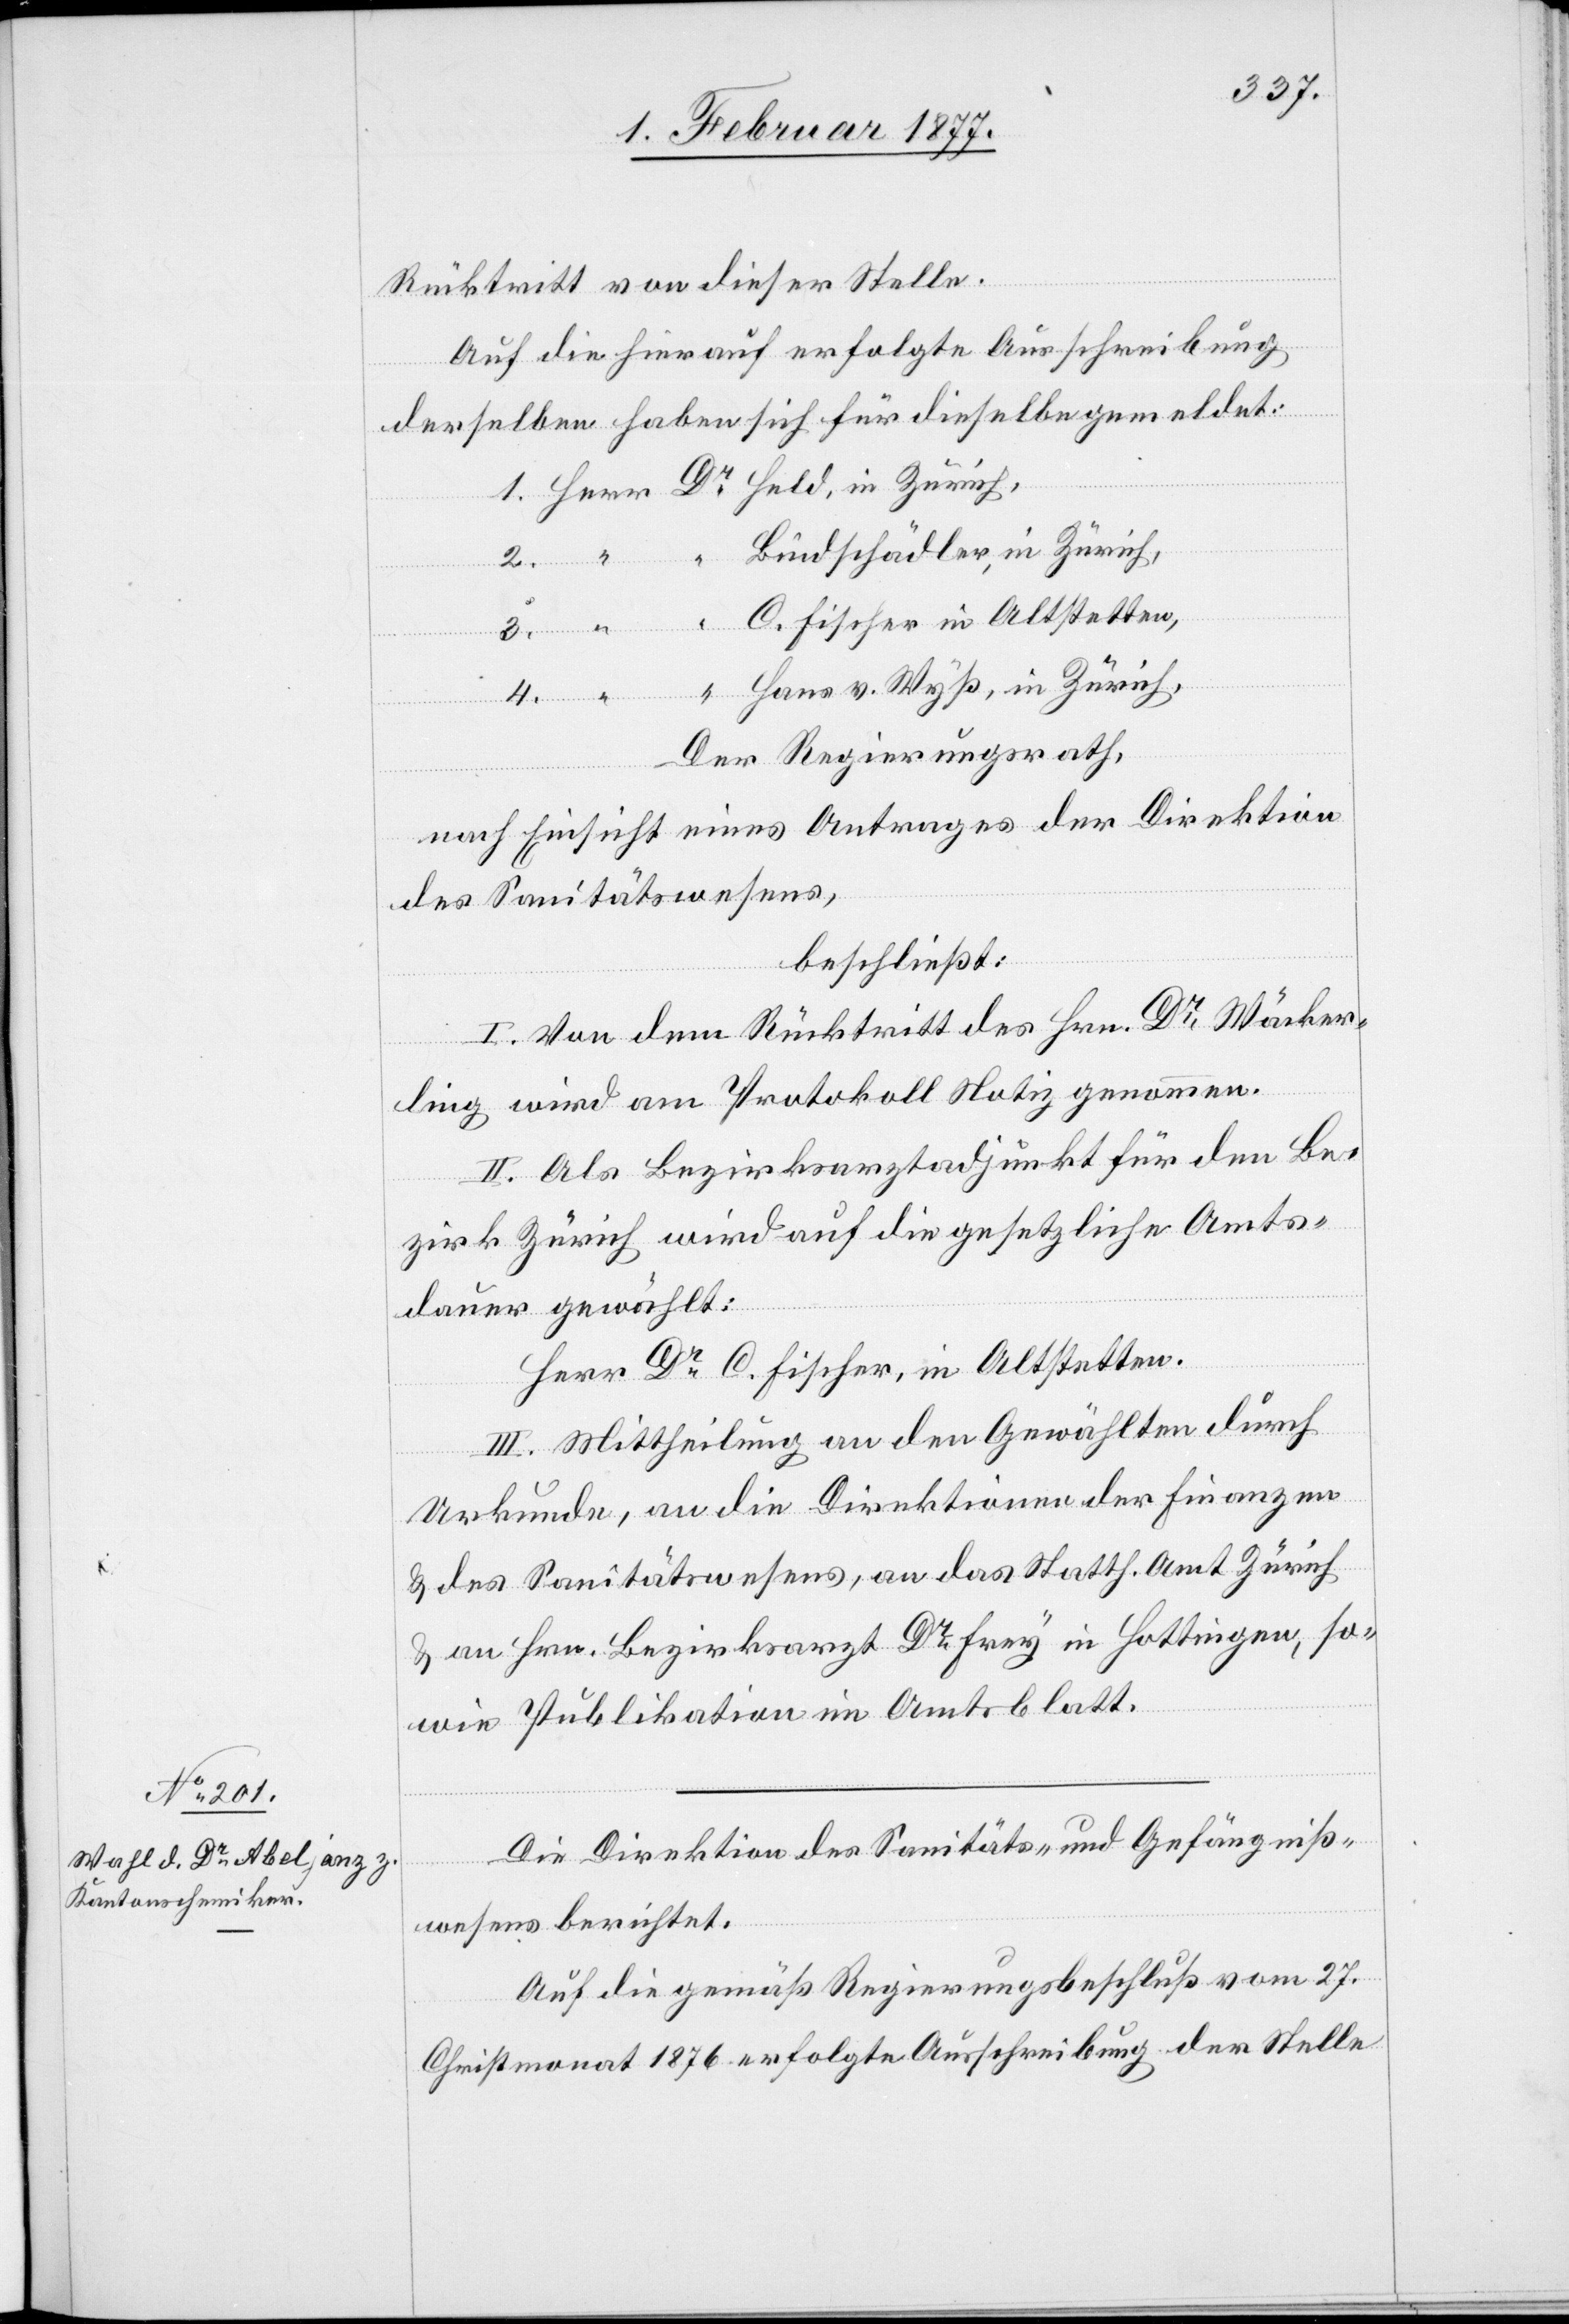
Rücktritt von dieser Stelle.
Auf die hierauf erfolgte Ausschreibung
derselben haben sich für dieselbe gemeldet:
Bindschädler, in Zürich,
Wyß, in
4.
C. Fischer in Altstetten,
Zürich.
Der Regierungsrath,
nach Einsicht eines Antrages der Direktion
des Sanitätswesens,
beschließt:
I. Von dem Rücktritt des Hrn. Dr Wäcker¬
ling wird am Protokoll Notiz genommen.
II. Als Bezirksarztadjunkt für den Be¬
zirk Zürich wird auf die gesetzliche Amts¬
dauer gewählt:
Herr Dr C. Fischer, in Altstetten.
III. Mittheilung an den Gewählten durch
Urkunde, an die Direktionen der Finanzen
& des Sanitätswesens, an das Statth. Amt Zürich
& an Hrn. Bezirksarzt Dr Frey in Hottingen, so¬
wie Publikation im Amtsblatt.
Die Direktion des Sanitäts- und Gefängnis¬
wesens berichtet:
Auf die gemäß Regierungsbeschluß vom 27.
Christmonat 1876 erfolgte Ausschreibung der Stelle